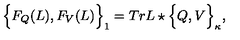
\Big \{ F _ { Q } ( L ) , F _ { V } ( L ) \Big \} _ { 1 } = T r L \star \Big \{ Q , V \Big \} _ { \kappa } , \nonumber \,